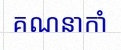
គណនាកាំ